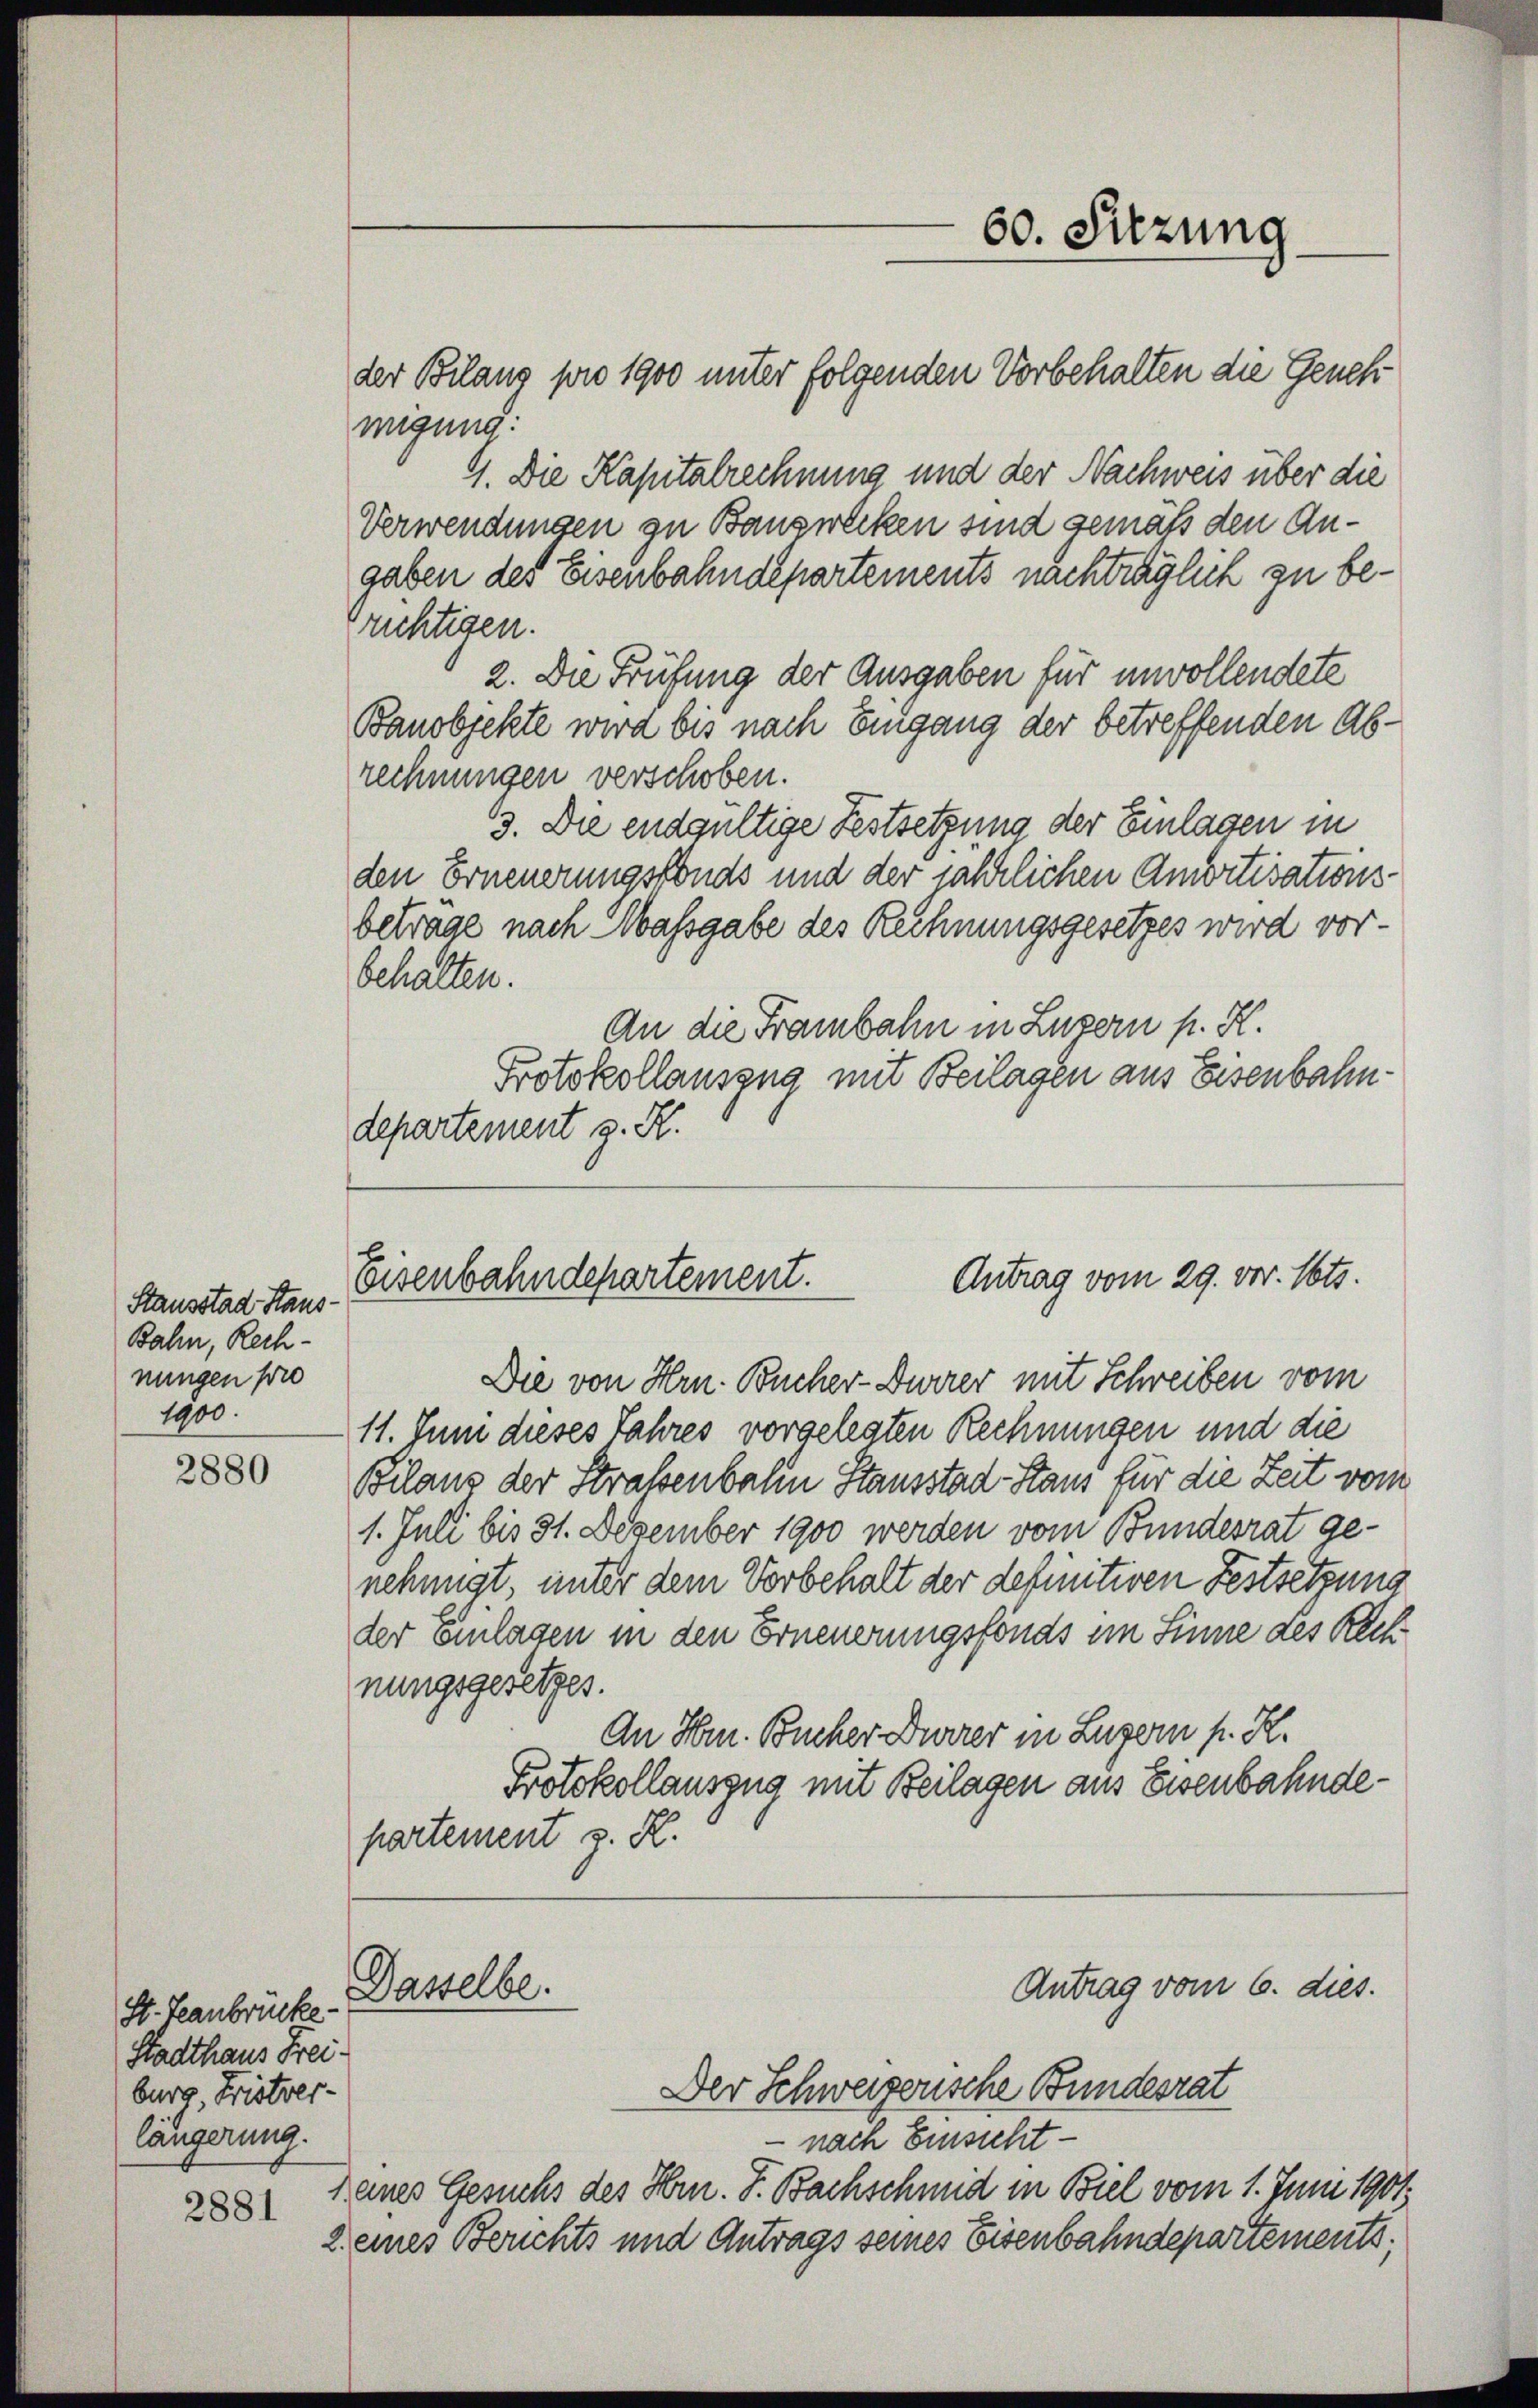
2880

S. Teanbrücke.
Stadthaus Freiburg, Fristver-
längerung.

2881

Stausstad Haus¬
Bahn, Rechnungen pro
1900.

der Bilanz pro 1900 unter folgenden Vorbehalten die Genehmigung:
9. Die Kapitalrechnung und der Nachweis über die
Verwendungen zu Bauzwecken sind gemäß den Angaben des Eisenbahndepartements nachträglich zu berichtigen.
2. Die Prüfung der Ausgaben für unvollendete
Banobjekte wird bis nach Eingang der betreffenden Abrechnungen verschoben.
19. Die endgültige Festsetzung der Einlagen in
den Erneuerungsfonds und der jährlichen Anwitisations-
betrage nach Massgabe des Rechnungsgesetzes wird vorbehalten.
An die Franbahn in Luzern p. K.
Protokollauszug mit Beilagen aus Eisenbahndepartement z. R.

Die von Hrn. Bücher-Durrer mit Schreiben vom
11. Juni dieses Jahres vorgelegten Rechnungen und die
Bilans der Straßenbahn Stausstad Staus für die Zeit vom
1. Juli bis 31. Dezember 1900 werden vom Bundesrat genehmigt, unter dem Vorbehalt der definitiven Festsetzung
der einlagen in den Erneuerungsfonds im Sinne des Rech
nungsgesetzes.
An Hrn. Bucher Durrer in Luzern p. K.
Protokollauszug mit Beilagen aus Eisenbahndepartement z. R.

60. Sitzung

Antrag vom 29. vor. Mts.
Eisenbahndepartement.

Dasselbe.

Antrag vom 6. dies.

Der Schweizerische Bundesrat
 nach Einsicht
keines Gesuchs des Hrn. F. Bachschmid in Biel vom 1. Juni 1901.
2. eines Berichts und Antrags seines Eisenbahndepartements,